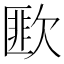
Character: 𣤆